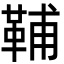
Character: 𩊬